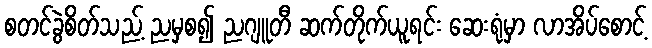
စတင်ခွဲစိတ်သည့် ညမှစ၍ ညဂျူတီ ဆက်တိုက်ယူရင်း ဆေးရုံမှာ လာအိပ်စောင့်